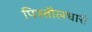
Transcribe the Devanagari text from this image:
पिस्तौलधारी